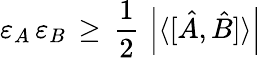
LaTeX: \varepsilon_{A}\, \varepsilon_{B}\, \geq\, {\frac{1}{2}}\, \left|\langle[{\hat{A}},{\hat{B}}]\rangle\right|